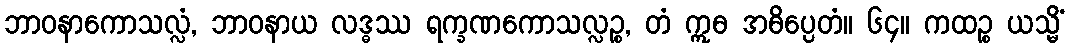
ဘာဝနာကောသလ္လံ, ဘာဝနာယ လဒ္ဓဿ ရက္ခဏကောသလ္လဉ္စ, တံ ဣဓ အဓိပ္ပေတံ။ ၆၄။ ကထဉ္စ ယသ္မိံ